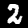
Label: 2